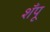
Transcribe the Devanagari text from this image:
शँपू